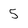
Character: 5